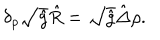
{ \delta _ { \rho } } \sqrt { \hat { g } } \hat { R } = \sqrt { \hat { g } } \hat { \Delta } \rho .